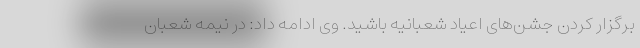
برگزار کردن جشن‌های اعیاد شعبانیه باشید. وی ادامه داد: در نیمه شعبان